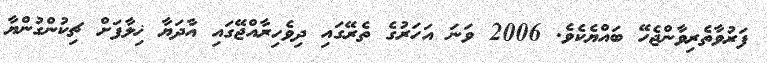
ފަރުވާތެރިވާންޖެހޭ ބައްޔެކެވެ. 2006 ވަނަ އަހަރުގެ ތެރޭގައި ދިވެހިރާއްޖޭގައި އާދަޔާ ޚިލާފަށް ޗިކުންގުންޔާ